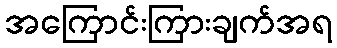
အကြောင်းကြားချက်အရ